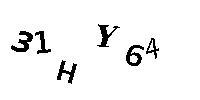
31HY64